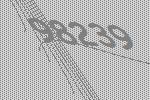
98239